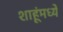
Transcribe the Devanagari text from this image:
शाहूंमध्ये